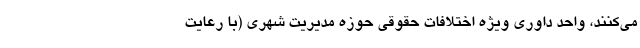
می‌کنند، واحد داوری ویژه اختلافات حقوقی حوزه مدیریت شهری (با رعایت